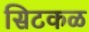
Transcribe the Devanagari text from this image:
सिटकळ